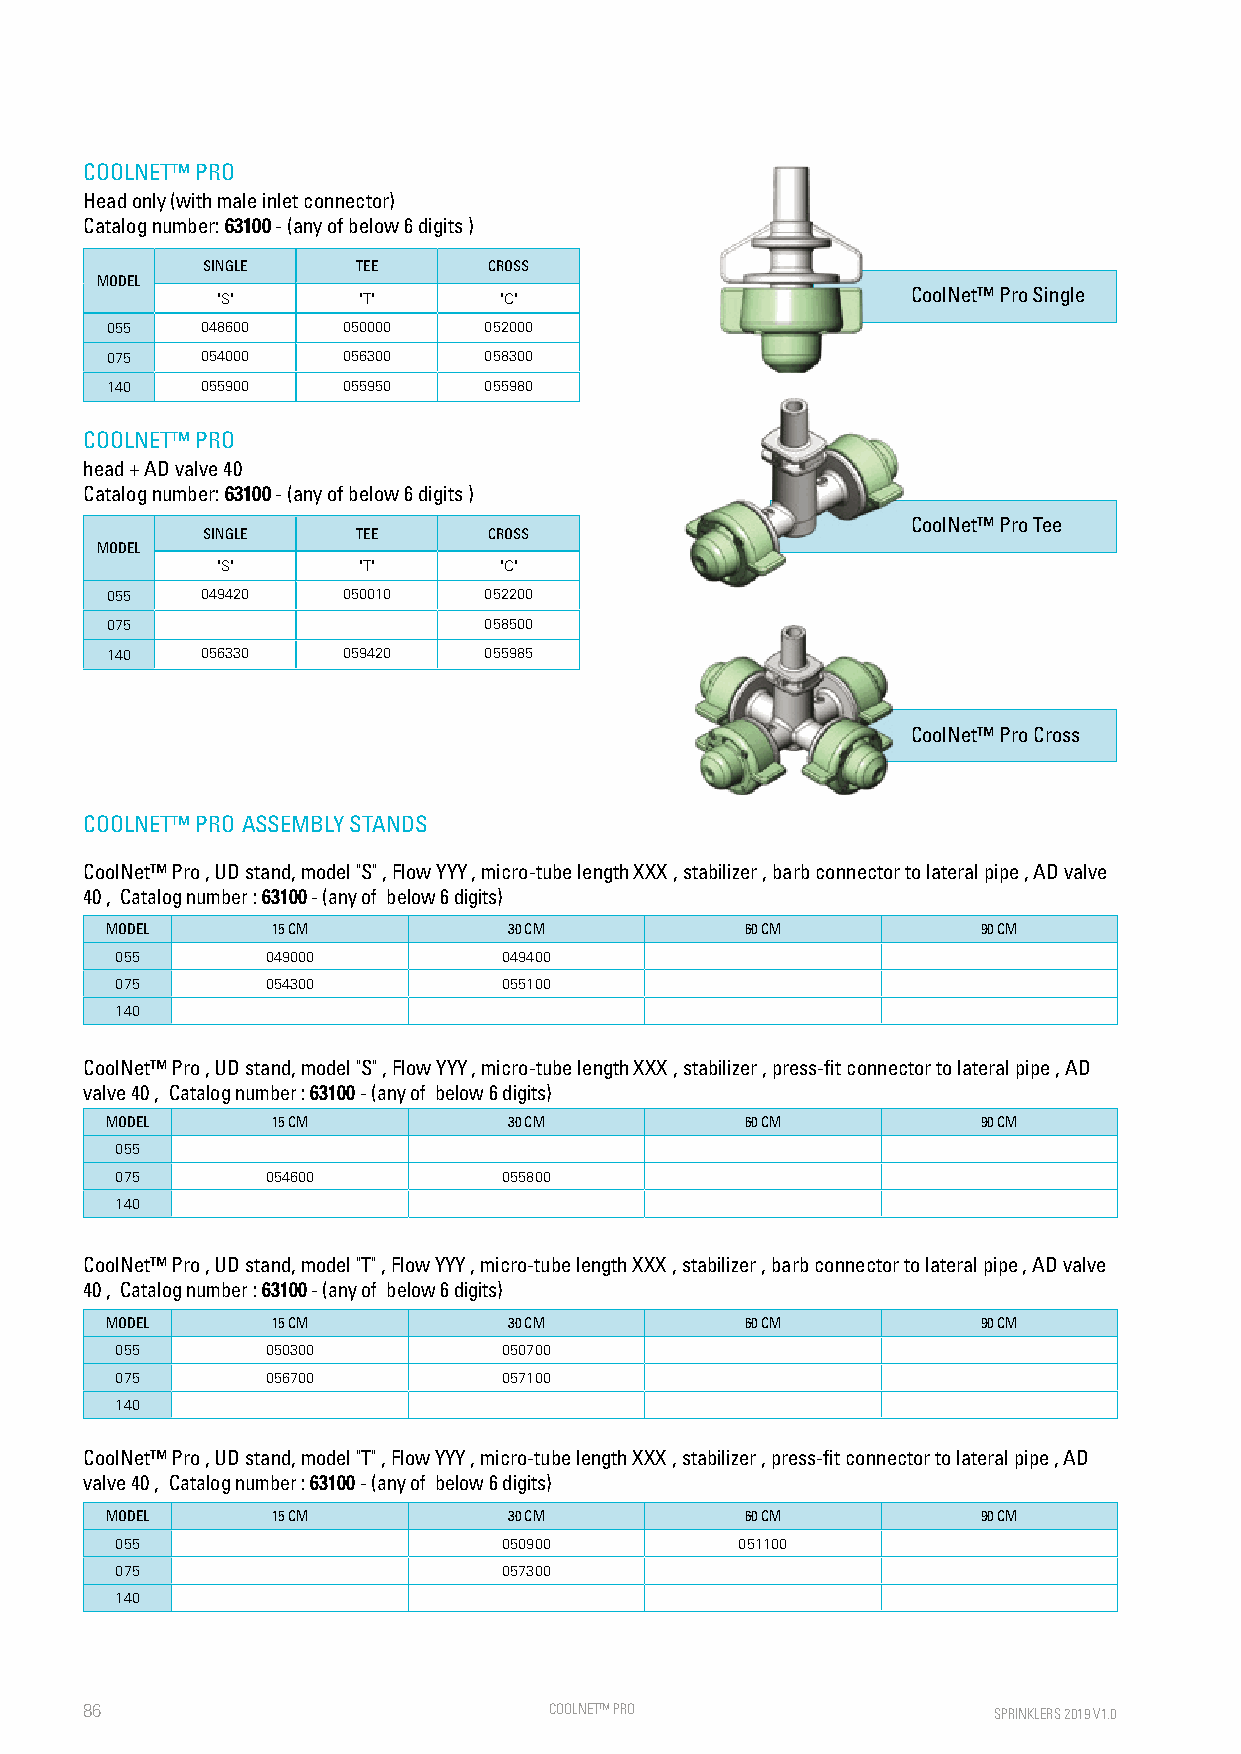
COOLNET™ PRO
 Head only (with male inlet connector)
 Catalog number: 63100 - (any of below 6 digits )
 SINGLE     TEE     CROSS
 MODEL
 "S"       "T"      "C"                        CoolNet™ Pro Single
 055   048600    050000   052000
 075   054000    056300   058300
 140   055900    055950   055980
 COOLNET™ PRO
 head + AD valve 40
 Catalog number: 63100 - (any of below 6 digits )
 CoolNet™ Pro Tee
 SINGLE     TEE     CROSS
 MODEL
 "S"       "T"      "C"
 055   049420    050010   052200
 075                      058500
 140   056330    059420   055985
 CoolNet™ Pro Cross
 COOLNET™ PRO ASSEMBLY STANDS
 CoolNet™ Pro , UD stand, model "S" , Flow YYY , micro-tube length XXX , stabilizer , barb connector to lateral pipe , AD valve
 40 , Catalog number : 63100 - (any of below 6 digits)
 MODEL      15 CM           30 CM          60 CM           90 CM
 055       049000         049400
 075       054300         055100
 140
 CoolNet™ Pro , UD stand, model "S" , Flow YYY , micro-tube length XXX , stabilizer , press-fit connector to lateral pipe , AD
 valve 40 , Catalog number : 63100 - (any of below 6 digits)
 MODEL      15 CM           30 CM          60 CM           90 CM
 055
 075       054600         055800
 140
 CoolNet™ Pro , UD stand, model "T" , Flow YYY , micro-tube length XXX , stabilizer , barb connector to lateral pipe , AD valve
 40 , Catalog number : 63100 - (any of below 6 digits)
 MODEL      15 CM           30 CM          60 CM           90 CM
 055       050300         050700
 075       056700         057100
 140
 CoolNet™ Pro , UD stand, model "T" , Flow YYY , micro-tube length XXX , stabilizer , press-fit connector to lateral pipe , AD
 valve 40 , Catalog number : 63100 - (any of below 6 digits)
 MODEL      15 CM           30 CM          60 CM           90 CM
 055                      050900          051100
 075                      057300
 140
 86                             COOLNE T™ PRO                 SPRINKLERS 2019 V1.0